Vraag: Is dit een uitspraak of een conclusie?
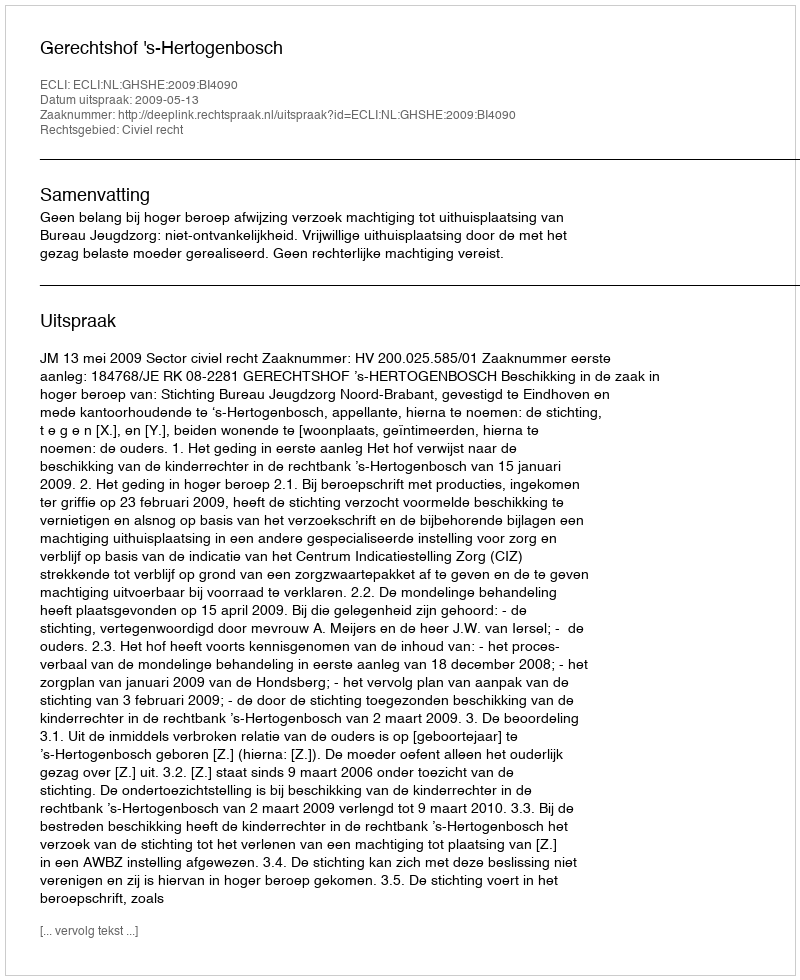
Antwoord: Uitspraak